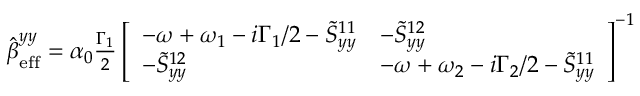
\begin{array} { r } { \hat { \boldsymbol { \beta } } _ { \mathrm { e f f } } ^ { y y } = \alpha _ { 0 } \frac { \Gamma _ { 1 } } { 2 } \left[ \begin{array} { l l } { - \omega + \omega _ { 1 } - i \Gamma _ { 1 } / 2 - \tilde { S } _ { y y } ^ { 1 1 } } & { - \tilde { S } _ { y y } ^ { 1 2 } } \\ { - \tilde { S } _ { y y } ^ { 1 2 } } & { - \omega + \omega _ { 2 } - i \Gamma _ { 2 } / 2 - \tilde { S } _ { y y } ^ { 1 1 } } \end{array} \right] ^ { - 1 } } \end{array}